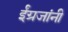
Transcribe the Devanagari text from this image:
ईंग्रजांनी